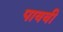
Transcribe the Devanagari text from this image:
पाववी